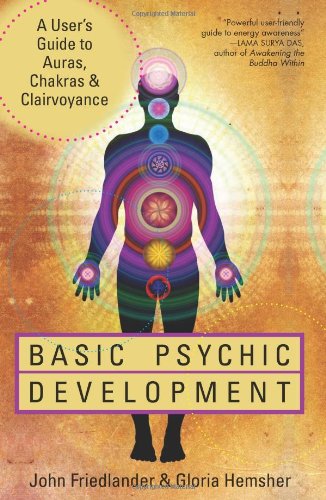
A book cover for Basic Psychic Development: A User's Guide to Auras, Chakras & Clairvoyance; John Friedlander; Religion & Spirituality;